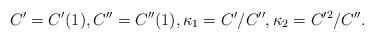
LaTeX: \begin{align*}C'=C'(1), C''=C''(1), \kappa_1=C'/C'', \kappa_2=C'^2/C''.\end{align*}